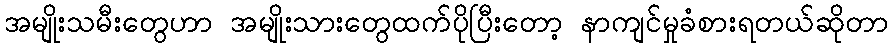
အမျိုးသမီးတွေဟာ အမျိုးသားတွေထက်ပိုပြီးတော့ နာကျင်မှုခံစားရတယ်ဆိုတာ